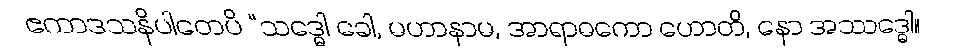
ဧကာဒသနိပါတေပိ “သဒ္ဓေါ ခေါ, မဟာနာမ, အာရာဓကော ဟောတိ, နော အဿဒ္ဓေါ။